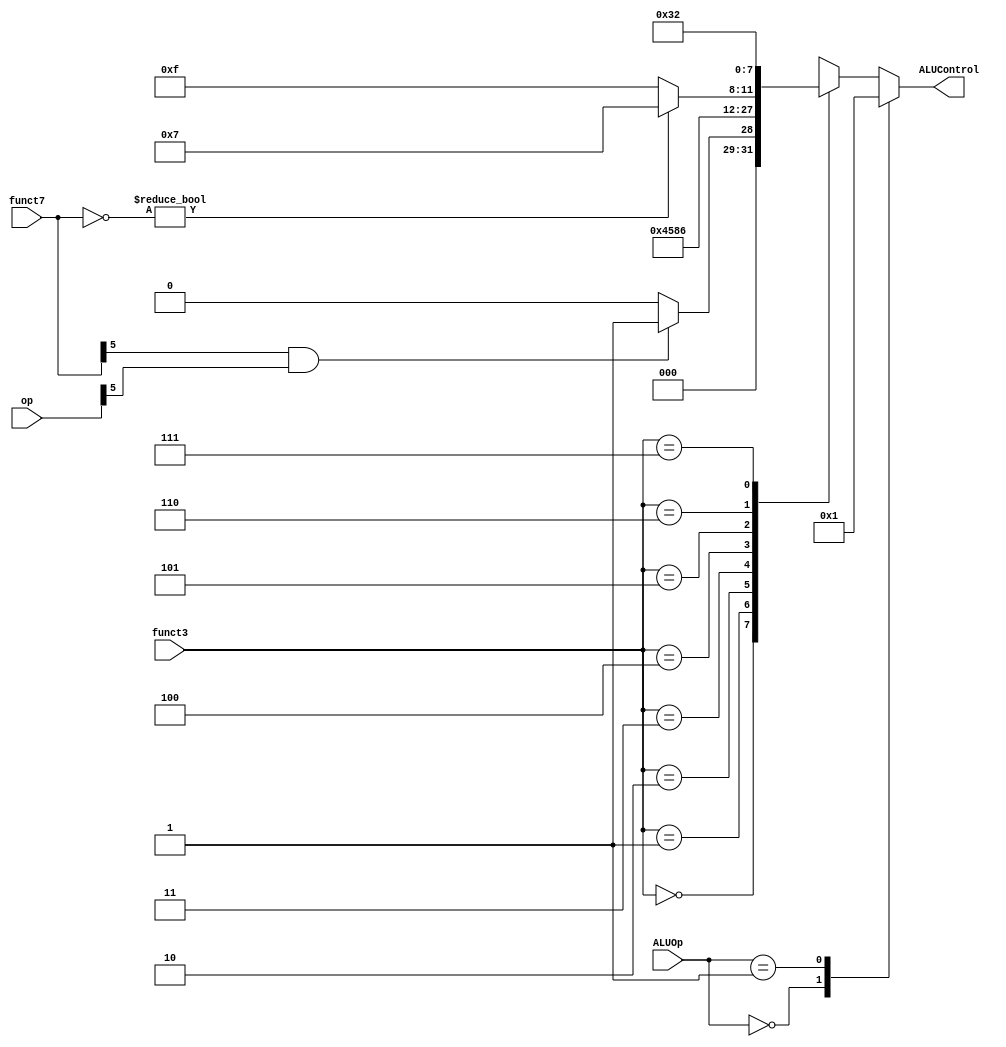
module ALU_Decoder(ALUOp,funct3,funct7,op,ALUControl);

    input [1:0]ALUOp;
    input [2:0]funct3;
    input [6:0]funct7,op;
    output reg [3:0]ALUControl;
//
wire RtypeSub;
assign RtypeSub = funct7[5] & op[5]; // TRUE for R-type subtract
always @ (*)
	case(ALUOp)
		2'b00: ALUControl = 4'b0000; // addition
		2'b01: ALUControl = 4'b0001; // subtraction
		default: case(funct3) // Rtype or Itype ALU
				3'b000: if (RtypeSub)
							ALUControl = 4'b0001; // sub
						else
							ALUControl = 4'b0000; // add, addi
				3'b001: ALUControl = 4'b0100; // sll, slli
				3'b010: ALUControl = 4'b0101; // slt, slti
				3'b011: ALUControl = 4'b1000; // sltu, sltiu
				3'b100: ALUControl = 4'b0110; // xor, xori
				3'b101: if (~funct7)
							ALUControl = 4'b0111;	// srl
						else
							ALUControl = 4'b1111;  // sra
				3'b110: ALUControl = 4'b0011; // or, ori
				3'b111: ALUControl = 4'b0010; // and, andi
				default: ALUControl = 4'bxxxx; 
				endcase
	endcase
	
endmodule